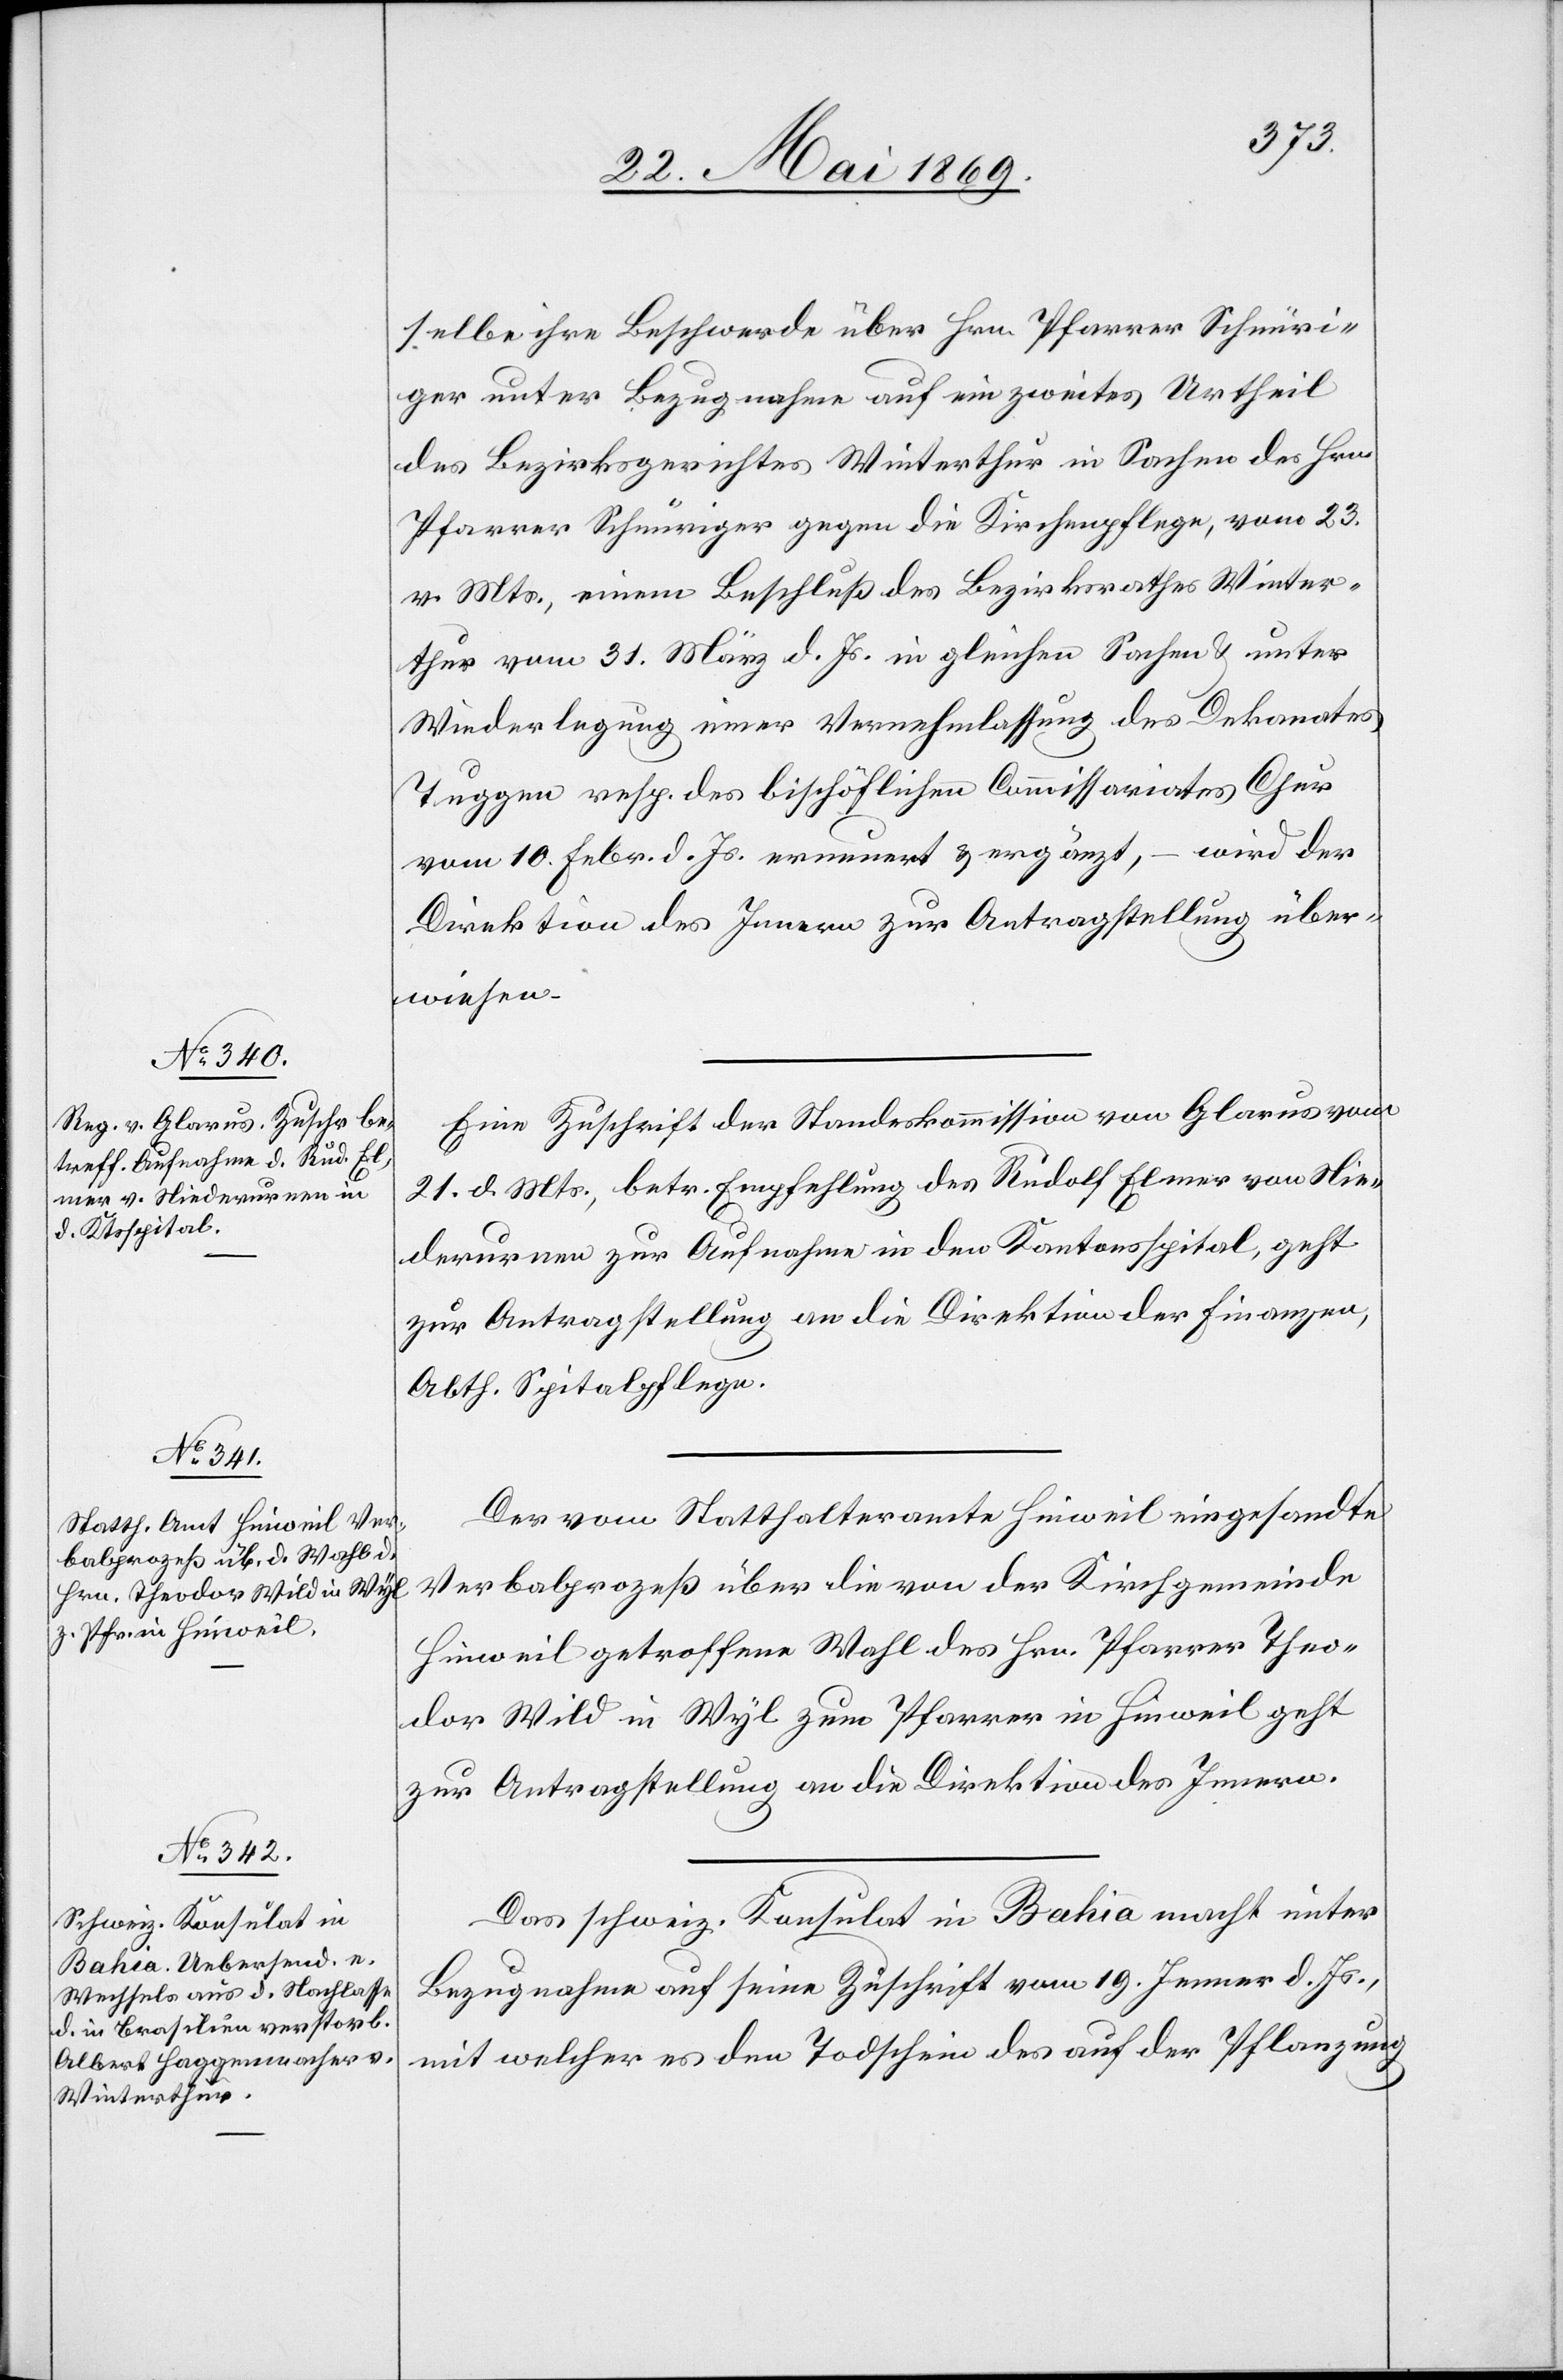
24. Mai 1869.]
selbe ihre Beschwerde über Hrn. Pfarrer Schnüri¬
ger unter Bezugnahme auf ein zweites Urtheil
des Bezirksgerichtes Winterthur in Sachen des Hrn.
Pfarrer Schnüriger gegen die Kirchenpflege, vom 23.
v. Mts., einem Beschluß des Bezirksrathes Winter¬
thur vom 31. März d. Js. in gleichen Sachen u. unter
Widerlegung einer Vernehmlassung des Dekanates
Tuggen resp. des bischöflichen Commissariates Chur
vom 10. Febr. d. Js. erneuert u. ergänzt, – wird der
Direktion des Innern zur Antragstellung über¬
wiesen.
Eine Zuschrift der Standeskommission von Glarus vom
21. d. Mts., betr. Empfehlung des Rudolf Elmer von Nie¬
derurnen zur Aufnahme in den Kantonsspital, geht
zur Antragstellung an die Direktion der Finanzen,
Abth. Spitalpflege.
Der vom Statthalteramte Hinweil eingesandte
Verbalprozeß über die von der Kirchgemeinde
Hinweil getroffene Wahl des Hrn. Pfarrer Theo¬
dor Wild in Wyl zum Pfarrer in Hinweil geht
zur Antragstellung an die Direktion des Innern.
Das schweiz. Konsulat in Bahia macht unter
Bezugnahme auf seine Zuschrift vom 19. Jenner d. Js.,
mit welcher es den Todschein des auf der Pflanzung